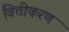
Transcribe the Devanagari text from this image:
वित्तीकरण